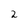
Character: 2